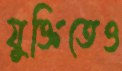
যুক্তিতেও